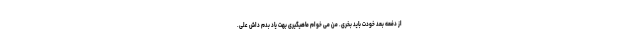
از دفعه بعد خودت باید بخری. من می خوام ماهیگیری بهت یاد بدم داش علی.